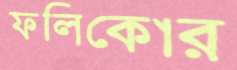
ফলিকোর